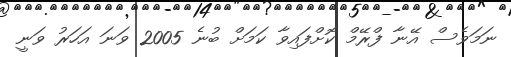
ނަމަވެސް އޭނާ ފްރޭމް ކޮށްފައިވާ ކަމަށް ބުނެ 2005 ވަނަ އަހަރު ވަނީ